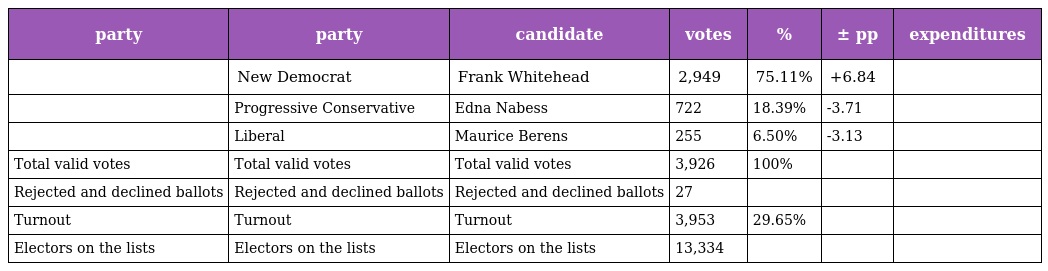
| party | party | candidate | votes | % | ± pp | expenditures |
 | --- | --- | --- | --- | --- | --- | --- |
 |  | New Democrat | Frank Whitehead | 2,949 | 75.11% | +6.84 |  |
 |  | Progressive Conservative | Edna Nabess | 722 | 18.39% | -3.71 |  |
 |  | Liberal | Maurice Berens | 255 | 6.50% | -3.13 |  |
 | Total valid votes | Total valid votes | Total valid votes | 3,926 | 100% |  |  |
 | Rejected and declined ballots | Rejected and declined ballots | Rejected and declined ballots | 27 |  |  |  |
 | Turnout | Turnout | Turnout | 3,953 | 29.65% |  |  |
 | Electors on the lists | Electors on the lists | Electors on the lists | 13,334 |  |  |  |